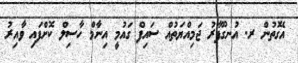
އެގޮތުން ރ. އުނގޫފާރު ޖަމިއްޔަތުއް ސައިފް ގައުމީ އިނާމް ހާސިލް ކޮށްފައި ވާއިރު